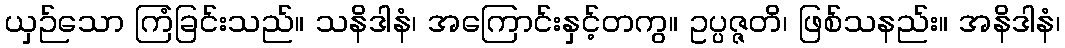
ယှဉ်သော ကြံခြင်းသည်။ သနိဒါနံ၊ အကြောင်းနှင့်တကွ။ ဥပ္ပဇ္ဇတိ၊ ဖြစ်သနည်း။ အနိဒါနံ၊